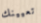
تعيينك